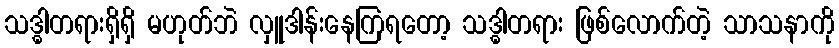
သဒ္ဓါတရားရှိရှိ မဟုတ်ဘဲ လှူဒါန်းနေကြရတော့ သဒ္ဓါတရား ဖြစ်လောက်တဲ့ သာသနာကို